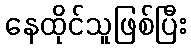
နေထိုင်သူဖြစ်ပြီး